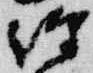
経